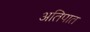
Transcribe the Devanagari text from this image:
अतिपात